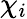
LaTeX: \mathbf{\chi}_{i}